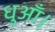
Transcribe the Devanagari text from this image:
धुआँ।